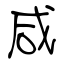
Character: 咸